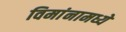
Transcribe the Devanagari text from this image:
विमांनामध्ये